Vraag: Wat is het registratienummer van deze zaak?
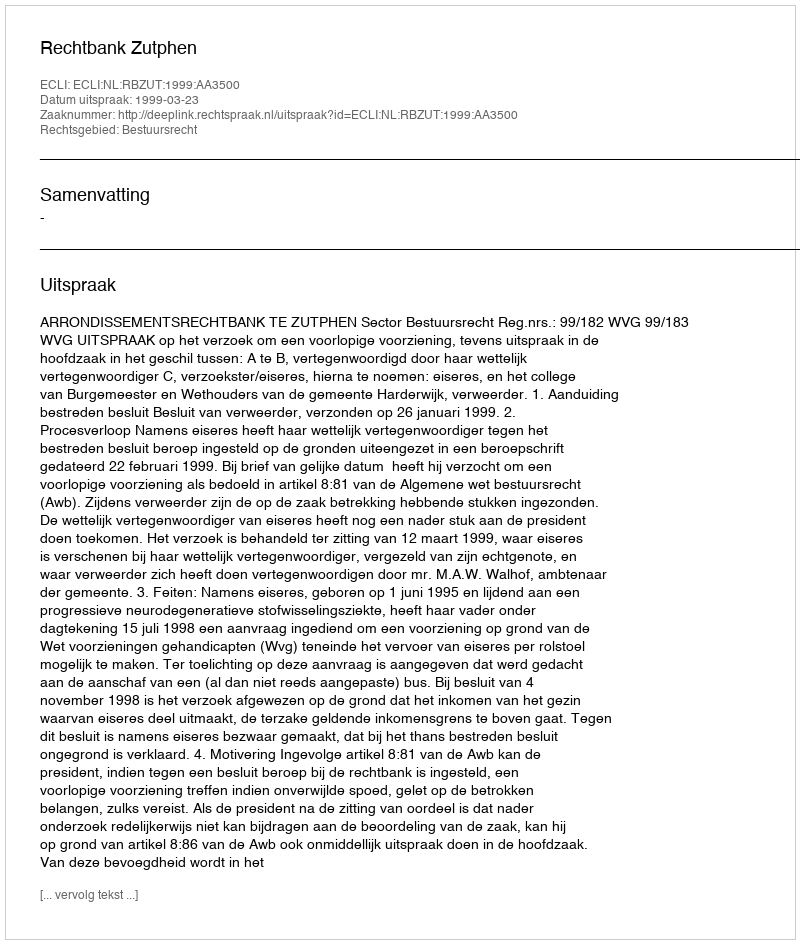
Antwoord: http://deeplink.rechtspraak.nl/uitspraak?id=ECLI:NL:RBZUT:1999:AA3500